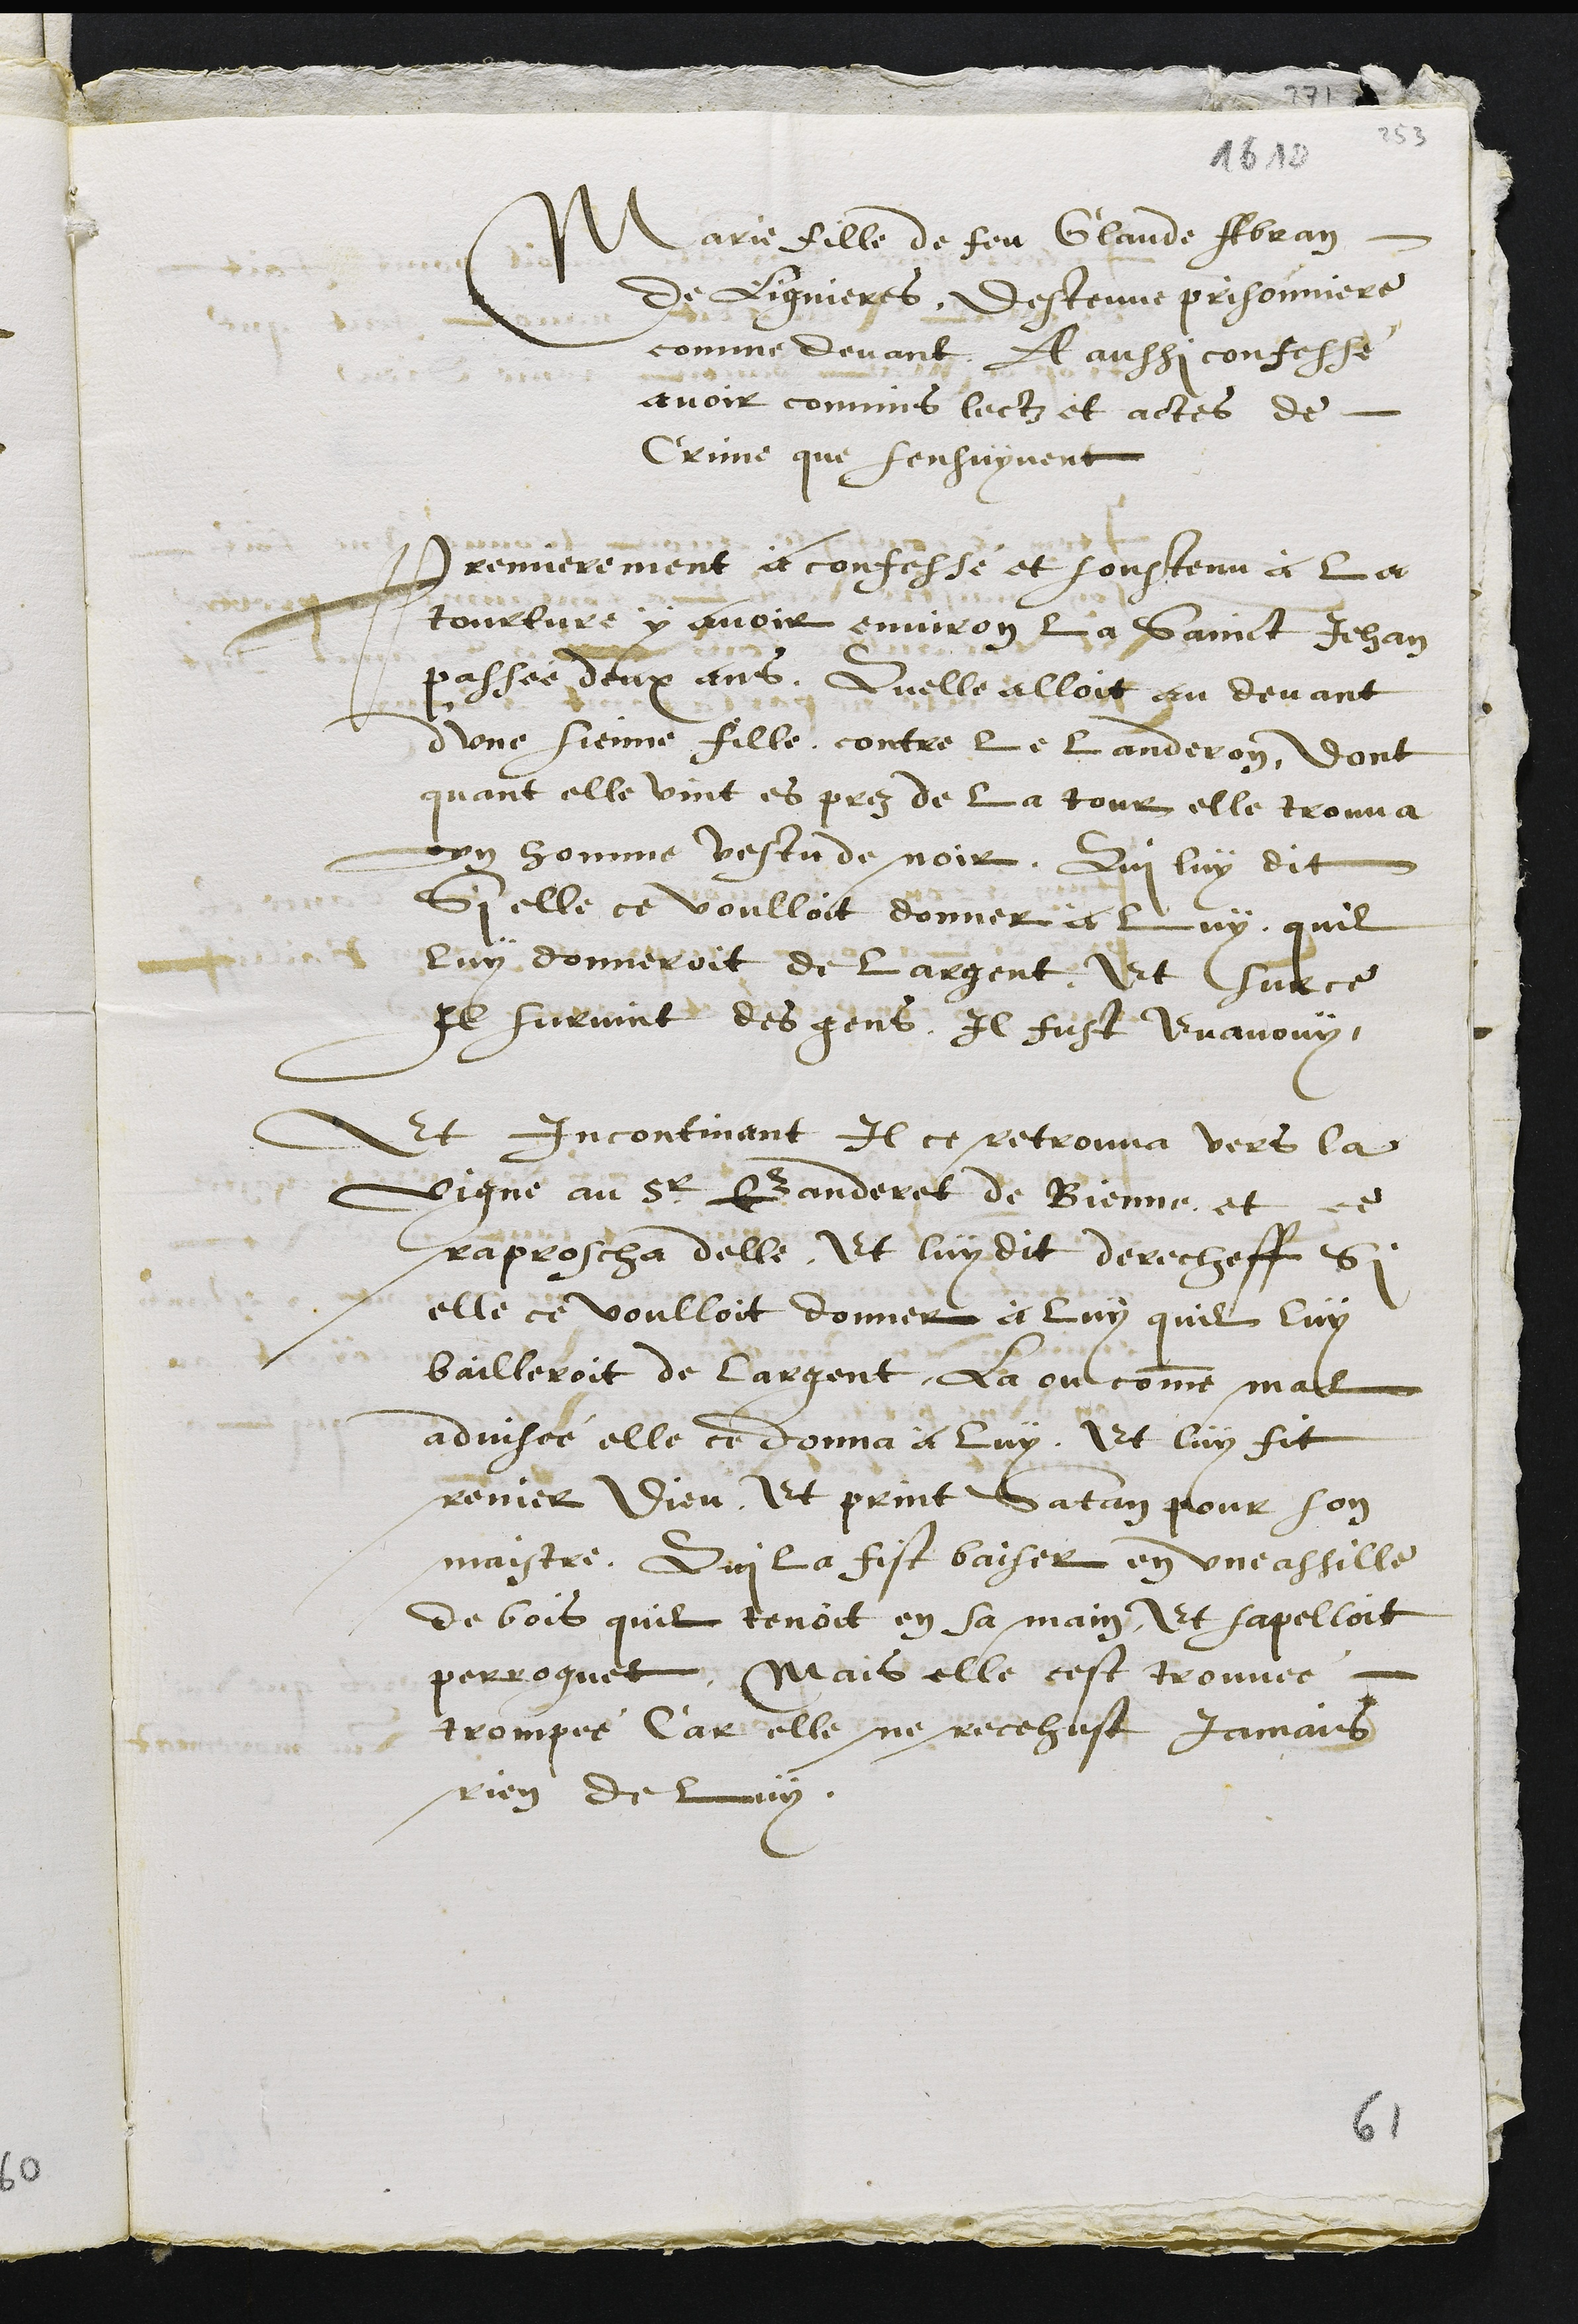
Marie fille de feu Glaude Abran
de Lignieres, destenue prisonniere
comme devant. A aussi confesse
avoir commis lectz et actes de
Crime que sensuyvent
Premierement a confesse et soustenu à la
tourture y avoir environ la Sainct Jehan
passee deux ans, Quelle alloit au devant
d'une sienne fille contre Le Landeron, dont
quant elle vint es prez de la tour elle trouva
un homme vestu de noir, Qui luy dit
Si elle ce voulloit donner a luy, quil
luy donneroit de largent, Et sur ce
Il survint des gens, Il fust Evanouy,
Et incontinant Il ce retrouva vers la
vigne au Sr Banderet de Bienne, et ce
raproscha delle, Et luy dit derecheff Si
elle ce voulloit donner à luy quil luy
bailleroit de largent, La ou comme mal
advisée elle ce donna à luy. Et luy fit
renier Dieu, Et print Satan pour son
maistre, Qui la fist baiser en une assille
de bois quil tenoit en sa main, Et sapelloit
perroquet, Mais elle cest trouvee
trompee Car elle ne recehust jamais
rien de luy.

61